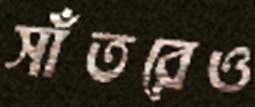
সাঁতরেও